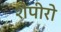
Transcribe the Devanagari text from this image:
शैपीरो